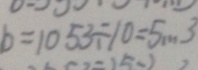
b = 1 0 5 3 \div 1 0 = 5 \cdots 3